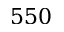
5 5 0